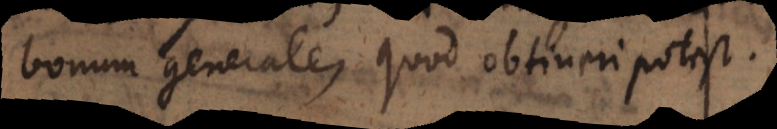
bonum generale, quod obtineri potest.